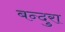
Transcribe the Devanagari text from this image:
बन्दुरा